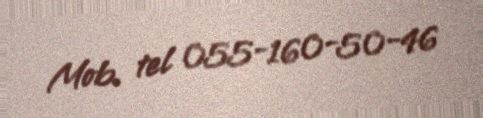
Mob. tel 055-160-50-46